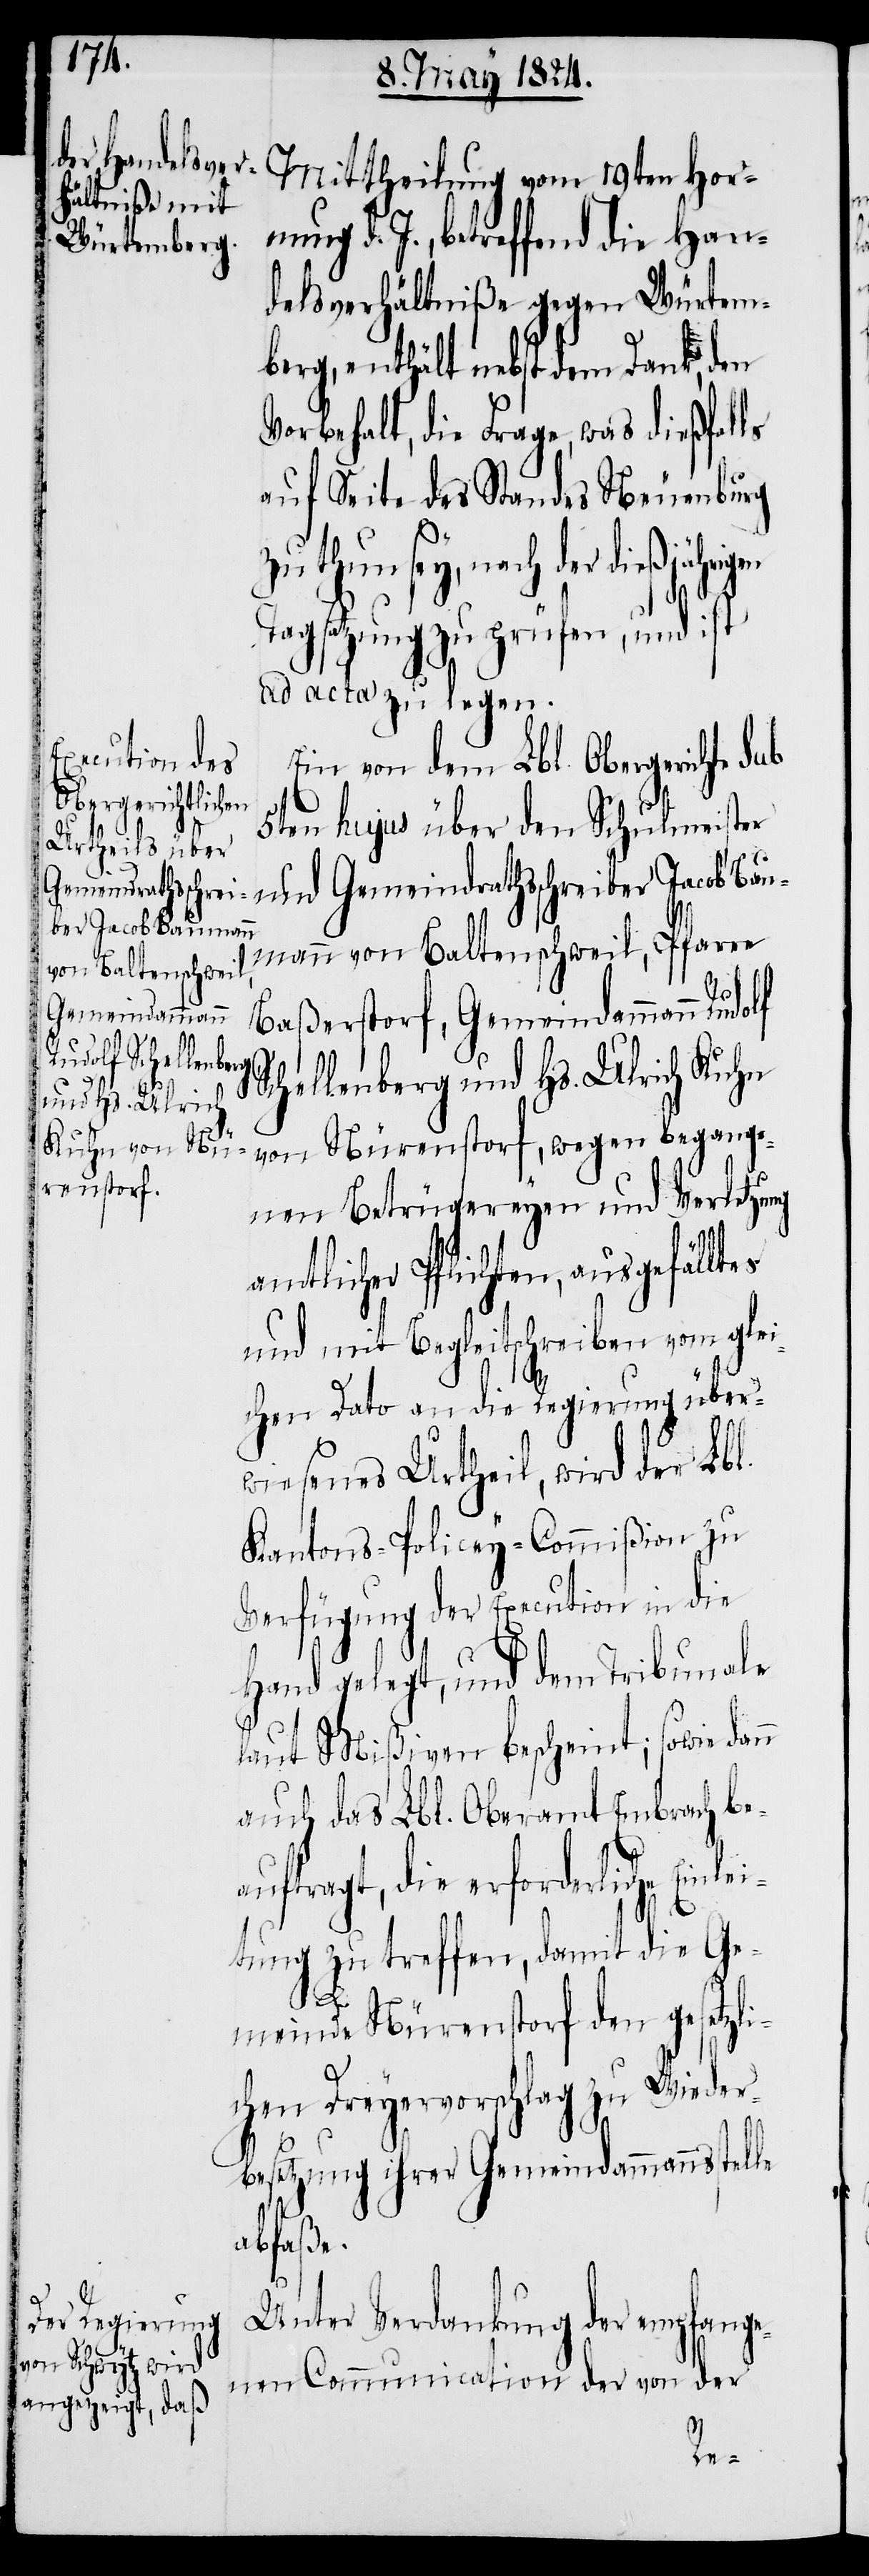
Mittheilung vom 19ten Hor¬
nung d. J., betreffend die Han¬
delsverhältniße gegen Würtem¬
berg, enthält nebst dem Dank, den
Vorbehalt, die Frage, was dießfalls
auf Seite des Standes Neuenburg
und Gemeindrathsschrei¬
Tagsatzung zu prüfen, und ist
ad acta zu legen.
Ein von dem Lbl. Obergerichte sub
5ten hujus über den Schulmeister
ber Jacob Baumann
von Baltenschweil,
Baßerstorf, Gemeindammann
Schellenberg und Hs. Ulrich Kuhn
von Nürenstorf, wegen begange¬
nen Betrügereyen und Verletzung
amtlicher Pflichten, ausgefälltes
und mit Begleitschreiben vom glei¬
chen Dato an die Regierung über¬
wiesenes Urtheil, wird der L.
Kantons-Policey-Commißion zu
Verfügung der Execution in die
Hand gelegt, und dem Tribunale
laut Mißiven bescheint; sowie dan¬
n auch das Lbl. Oberamt Embrach be¬
auftragt, die erforderliche Einl¬
tung zu treffen, damit die Ge¬
meinde Nürenstorf den gesetzli¬
chen Dreyervorschlag zu Wieder¬
besetzung ihrer Gemeindammannsstel¬
abfaße.
Unter Verdankung der empfange¬
nen Communication der von der
le